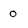
Character: 0